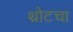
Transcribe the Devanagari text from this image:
थ्रोटचा